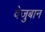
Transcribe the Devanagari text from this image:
वेजुबान